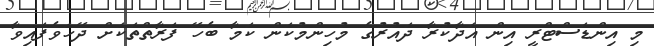
މި އިންޑަސްޓްރީ އިން އަދާކުރާ ދައުރުގެ މުހިންމުކަން ކަމާ ބެހޭ ފަރާތްތަކަށް ދޭހަވެފައިވާ